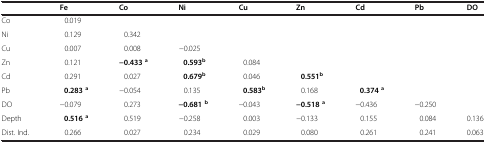
|  | Fe | Co | Ni | Cu | Zn | Cd | Pb | DO |
 | --- | --- | --- | --- | --- | --- | --- | --- | --- |
 | Co | 0.019 |  |  |  |  |  |  |  |
 | Ni | 0.129 | 0.342 |  |  |  |  |  |  |
 | Cu | 0.007 | 0.008 | −0.025 |  |  |  |  |  |
 | Zn | 0.121 | −0.433a | 0.593b | 0.084 |  |  |  |  |
 | Cd | 0.291 | 0.027 | 0.679b | 0.046 | 0.551b |  |  |  |
 | Pb | 0.283a | −0.054 | 0.135 | 0.583b | 0.168 | 0.374a |  |  |
 | DO | −0.079 | 0.273 | −0.681b | −0.043 | −0.518a | −0.436 | −0.250 |  |
 | Depth | 0.516a | 0.519 | −0.258 | 0.003 | −0.133 | 0.155 | 0.084 | 0.136 |
 | Dist. Ind. | 0.266 | 0.027 | 0.234 | 0.029 | 0.080 | 0.261 | 0.241 | 0.063 |